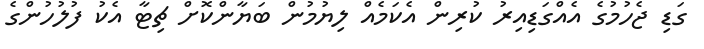
ގަޑި ޖެހުމުގެ އެއްގަޑިއިރު ކުރިން އެކަމެއް ލިޔުމުން ބަޔާންކޮށް ޗިޓާ އެކު ފުލުހުންގެ